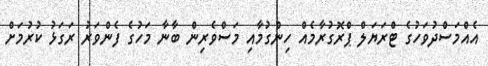
އެއްމަސްދުވަހުގެ ޓްރަޔަލް ޕްރޮގުރާމެއް ހިންގުމާއި މަސްވެރިން ބާނާ މަހުގެ ފެންވަރު ރަގަޅު ކުރުމަށް